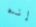
إنه